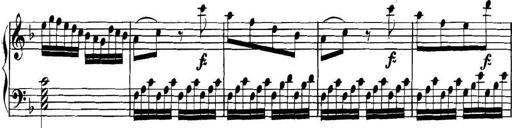
Title: Collected Piano Sonatas
Composer: Muzio Clementi